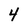
Character: 4